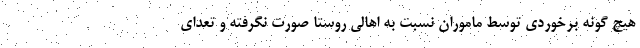
هیچ گونه برخوردی توسط ماموران نسبت به اهالی روستا صورت نگرفته و تعدای